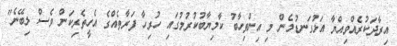
އިރާދަކުރެއްވިއްޔާ އަޅުގަނޑުމެން މި އިންތިހާބު ކާމިޔާބުކުރުމުގައި ހުރިހާ ފަރާތެއްގެ އެހީތެރިކަން ވެސް ލިބޭނެ"